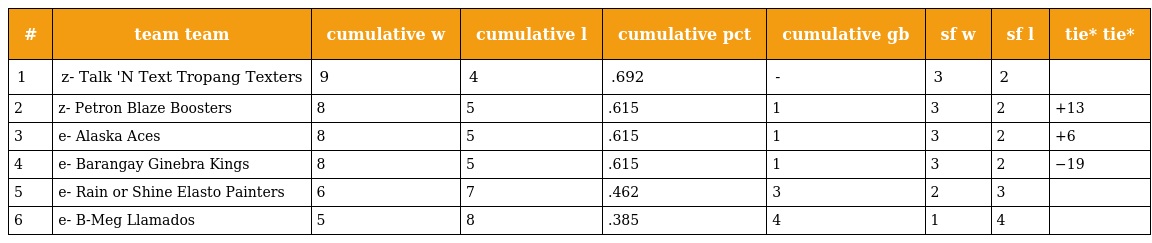
| # | team team | cumulative w | cumulative l | cumulative pct | cumulative gb | sf w | sf l | tie* tie* |
 | --- | --- | --- | --- | --- | --- | --- | --- | --- |
 | 1 | z- Talk 'N Text Tropang Texters | 9 | 4 | .692 | - | 3 | 2 |  |
 | 2 | z- Petron Blaze Boosters | 8 | 5 | .615 | 1 | 3 | 2 | +13 |
 | 3 | e- Alaska Aces | 8 | 5 | .615 | 1 | 3 | 2 | +6 |
 | 4 | e- Barangay Ginebra Kings | 8 | 5 | .615 | 1 | 3 | 2 | −19 |
 | 5 | e- Rain or Shine Elasto Painters | 6 | 7 | .462 | 3 | 2 | 3 |  |
 | 6 | e- B-Meg Llamados | 5 | 8 | .385 | 4 | 1 | 4 |  |